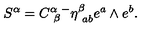
S ^ { \alpha } = C _ { \ \beta } ^ { \alpha } { } ^ { - } \eta _ { \ a b } ^ { \beta } e ^ { a } \wedge e ^ { b } . \label M